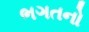
ભગતનો